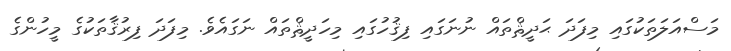
މަސްއަލަތަކުގައި މިފަދަ ޙަދީޘްތައް ނުނަގައި ފިޤުހުގައި މިހަދީޘްތައް ނަގައެވެ. މިފަދަ ފިރުޤާތަކުގެ މީހުންގެ